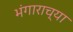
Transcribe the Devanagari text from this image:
भंगाराच्या